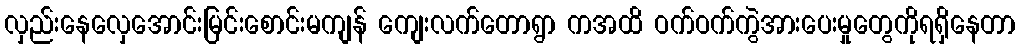
လှည်းနေလှေအောင်းမြင်းစောင်းမကျန် ကျေးလက်တောရွာ ကအထိ ဝက်ဝက်ကွဲအားပေးမှုတွေကိုရရှိနေတာ